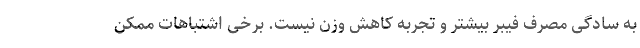
به سادگی مصرف فیبر بیشتر و تجربه کاهش وزن نیست. برخی اشتباهات ممکن